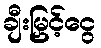
ချီးမြှင့်ငွေ